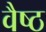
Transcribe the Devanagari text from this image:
वैष्ठ